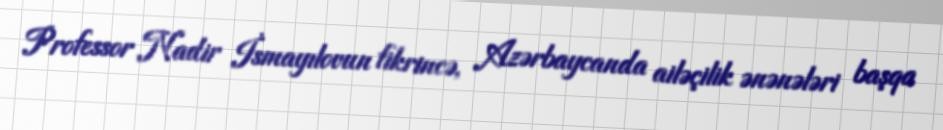
Professor Nadir İsmayılovun fikrincə, Azərbaycanda ailəçilik ənənələri başqa